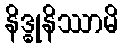
နိဒ္ဓုနိဿာမိ